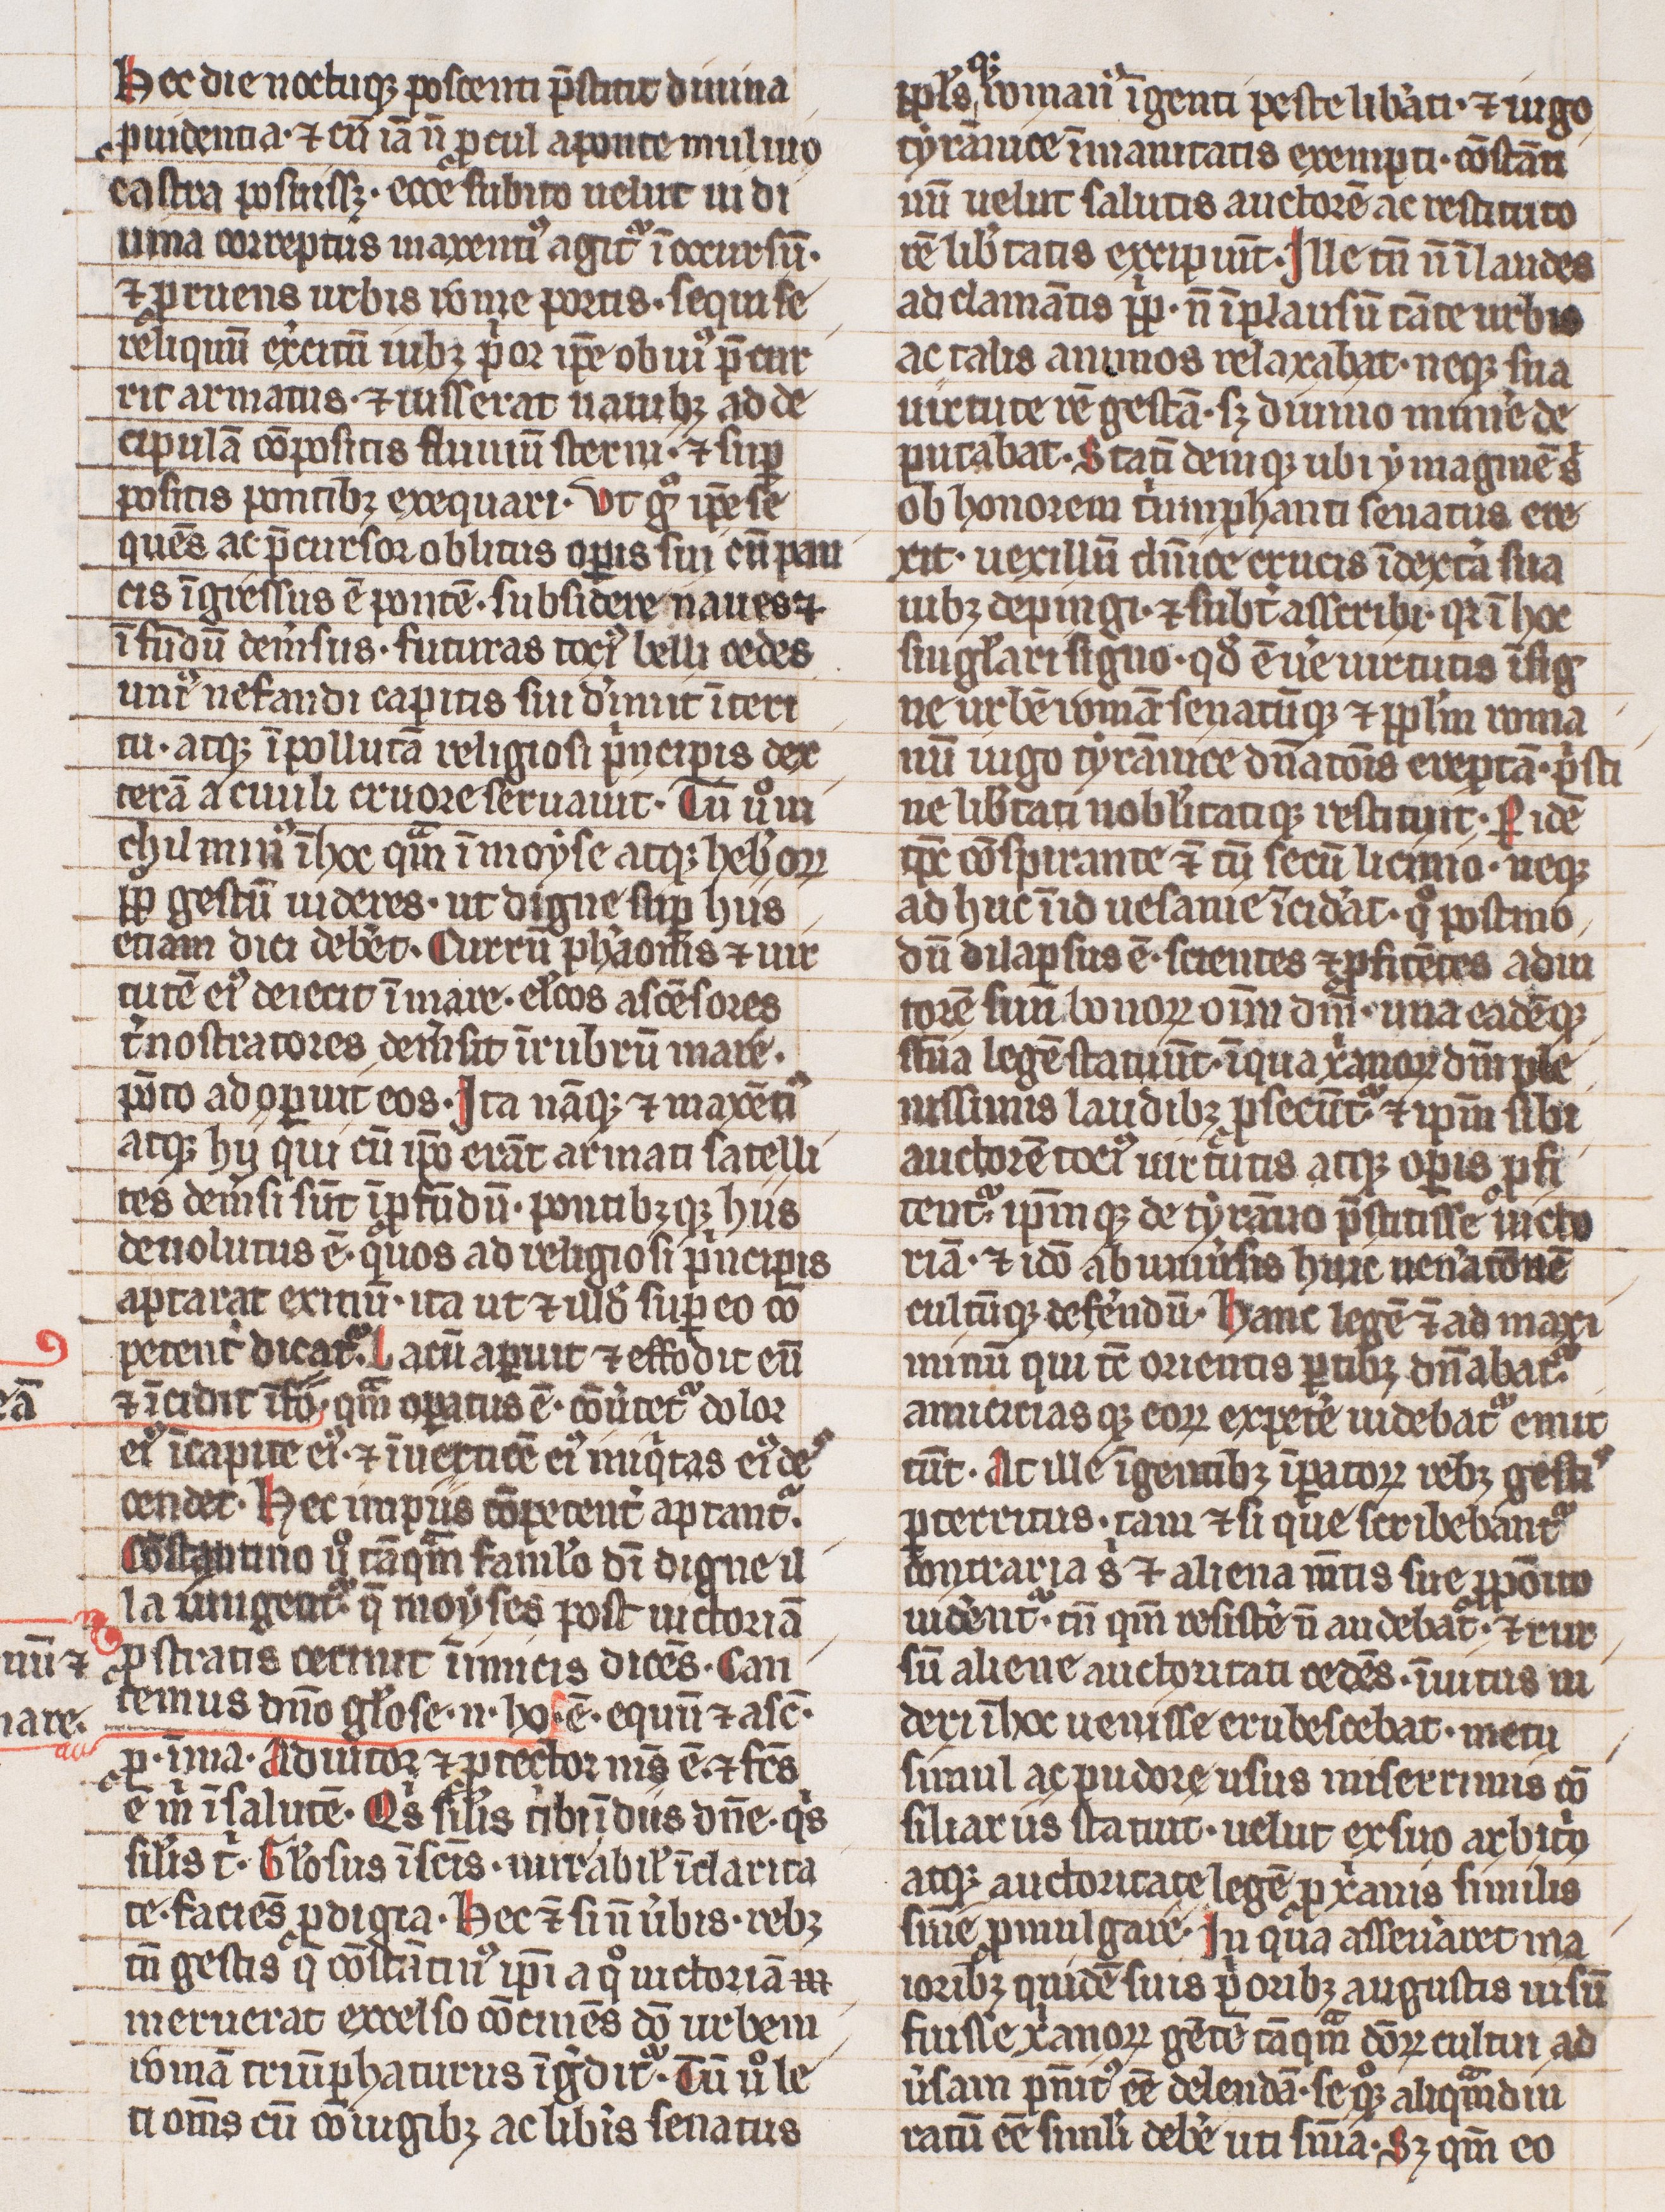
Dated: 1300–1399